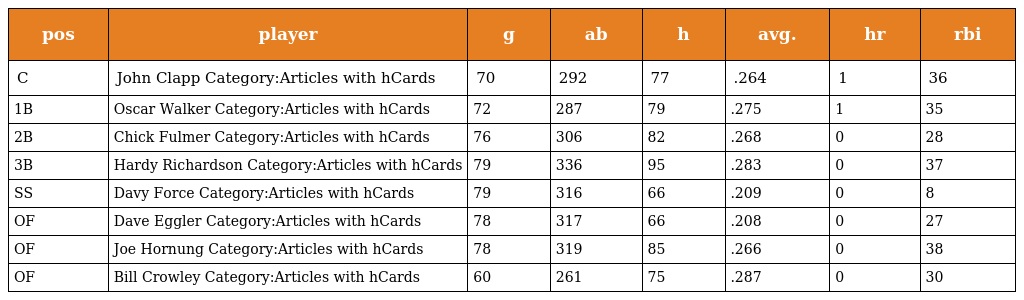
| pos | player | g | ab | h | avg. | hr | rbi |
 | --- | --- | --- | --- | --- | --- | --- | --- |
 | C | John Clapp Category:Articles with hCards | 70 | 292 | 77 | .264 | 1 | 36 |
 | 1B | Oscar Walker Category:Articles with hCards | 72 | 287 | 79 | .275 | 1 | 35 |
 | 2B | Chick Fulmer Category:Articles with hCards | 76 | 306 | 82 | .268 | 0 | 28 |
 | 3B | Hardy Richardson Category:Articles with hCards | 79 | 336 | 95 | .283 | 0 | 37 |
 | SS | Davy Force Category:Articles with hCards | 79 | 316 | 66 | .209 | 0 | 8 |
 | OF | Dave Eggler Category:Articles with hCards | 78 | 317 | 66 | .208 | 0 | 27 |
 | OF | Joe Hornung Category:Articles with hCards | 78 | 319 | 85 | .266 | 0 | 38 |
 | OF | Bill Crowley Category:Articles with hCards | 60 | 261 | 75 | .287 | 0 | 30 |